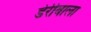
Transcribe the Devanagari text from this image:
डेरीवाला